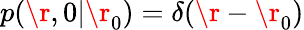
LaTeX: p(\r,0|\r_{0})=\delta(\r-\r_{0})